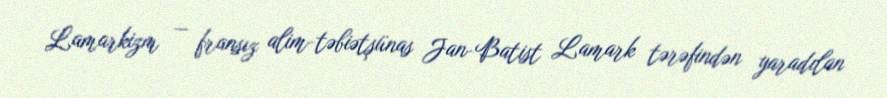
Lamarkizm — fransız alim-təbiətşünas Jan-Batist Lamark tərəfindən yaradılan